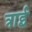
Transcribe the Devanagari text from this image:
त्राई